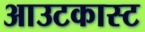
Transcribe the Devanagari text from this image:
आउटकास्ट